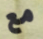
مع